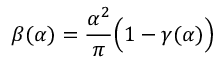
\beta ( \alpha ) = \frac { \alpha ^ { 2 } } { \pi } \Big ( 1 - \gamma ( \alpha ) \Big )